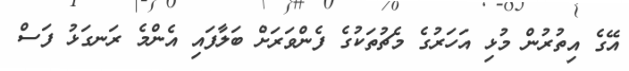
އޭގެ އިތުރުން މުޅި އަހަރުގެ މެޗުތަކުގެ ފެންވަރަށް ބަލާފައި އެންމެ ރަނގަޅު ފަސް